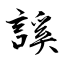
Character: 謑